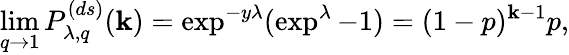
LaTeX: \operatorname*{lim}_{q\to1}P_{\lambda,q}^{(ds)}(\mathbf{k})=\exp^{-y\lambda}(\exp^{\lambda}-1)=(1-p)^{\mathbf{k}-1}p,